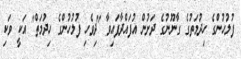
ފުލުހުންގެ ހިދުމަތުގެ ގާނޫނުގެ ދަށުން އުފައްދާފައިވާ "ދިވެހި ފުލުހުންގެ ހިދުމަތް" އަކީ ވަކި